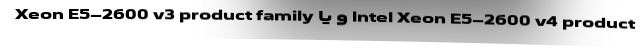
Xeon E5-2600 v3 product family و یا Intel Xeon E5-2600 v4 product